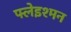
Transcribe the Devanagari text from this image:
फ्लेइश्मन